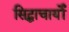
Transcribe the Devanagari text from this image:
सिद्धाचार्यों